Indian journal of veterinary science and animal husbandry - Volume 8,
Year: 1938
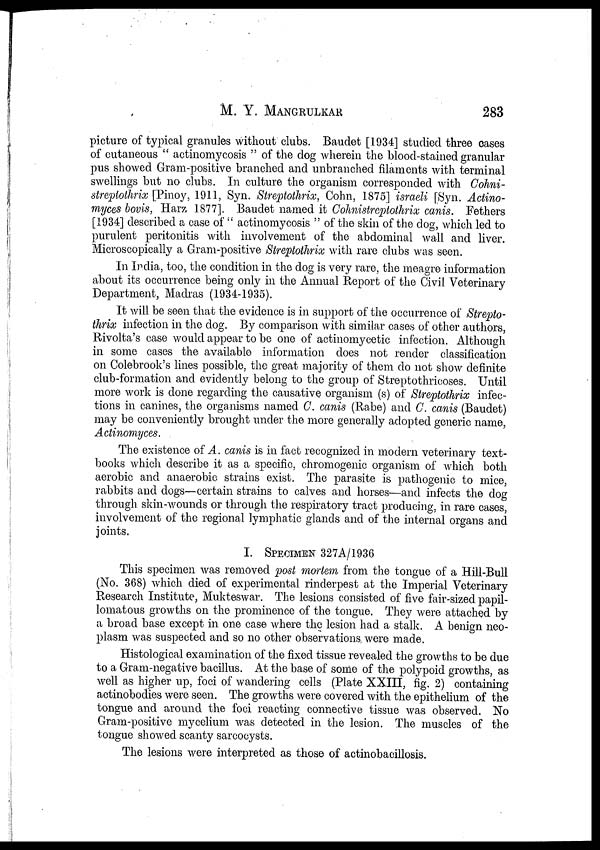
M. Y.
MANGRULKAR
283
picture of typical granules without clubs. Baudet [1934] studied three cases
of cutaneous " actinomycosis " of the dog wherein the blood-stained granular
pus showed Gram-positive branched and unbranched filaments with terminal
swellings but no clubs. In culture the organism corresponded with Cohni¬
streptothrix [Pinoy, 1911, Syn. Streptothrix, Cohn, 1875] israeli [Syn. Actino-
myces bovis, Harz 1877]. Baudet named it Cohnistreptothrix canis. Fethers
[1934] described a case of " actinomycosis " of the skin of the dog, which led to
purulent peritonitis with involvement of the abdominal wall and liver.
Microscopically a Gram-positive Streptothrix with rare clubs was seen.
In India, too, the condition in the dog is very rare, the meagre information
about its occurrence being only in the Annual Report of the Civil Veterinary
Department, Madras (1934-1935).
It will be seen that the evidence is in support of the occurrence of Strepto-
thrix infection in the dog. By comparison with similar cases of other authors,
Rivolta's case would appear to be one of actinomycetic infection. Although
in some cases the available information does not render classification
on Colebrook's lines possible, the great majority of them do not show definite
club-formation and evidently belong to the group of Streptothricoses. Until
more work is done regarding the causative organism (s) of Streptothrix infec-
tions in canines, the organisms named C. canis (Rabe) and C. canis (Baudet)
may be conveniently brought under the more generally adopted generic name,
Actinomyces.
The existence of A. canis is in fact recognized in modern veterinary text-
books which describe it as a specific, chromogenic organism of which both
aerobic and anaerobic strains exist. The parasite is pathogenic to mice,
rabbits and dogs—certain strains to calves and horses—and infects the dog
through, skin-wounds or through the respiratory tract producing, in rare cases,
involvement of the regional lymphatic glands and of the internal organs and
joints.
I. SPECIMEN 327A/1936
This specimen was removed post mortem from the tongue of a Hill-Bull
(No. 368) which died of experimental rinderpest at the Imperial Veterinary
Research Institute, Mukteswar. The lesions consisted of five fair-sized papil-
lomatous growths on the prominence of the tongue. They were attached by
a broad base except in one case where the lesion had a stalk. A benign neo-
plasm was suspected and so no other observations, were made.
Histological examination of the fixed tissue revealed the growths to be due
to a Gram-negative bacillus. At the base of some of the polypoid growths, as
well as higher up, foci of wandering cells (Plate XXIII, fig. 2) containing
actinobodies were seen. The growths were covered with the epithelium of the
tongue and around the foci reacting connective tissue was observed. No
Gram-positive mycelium was detected in the lesion. The muscles of the
tongue showed scanty sarcocysts.
The lesions were interpreted as those of actinobacillosis.